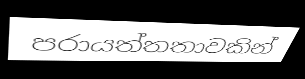
පරායත්තතාවකින්